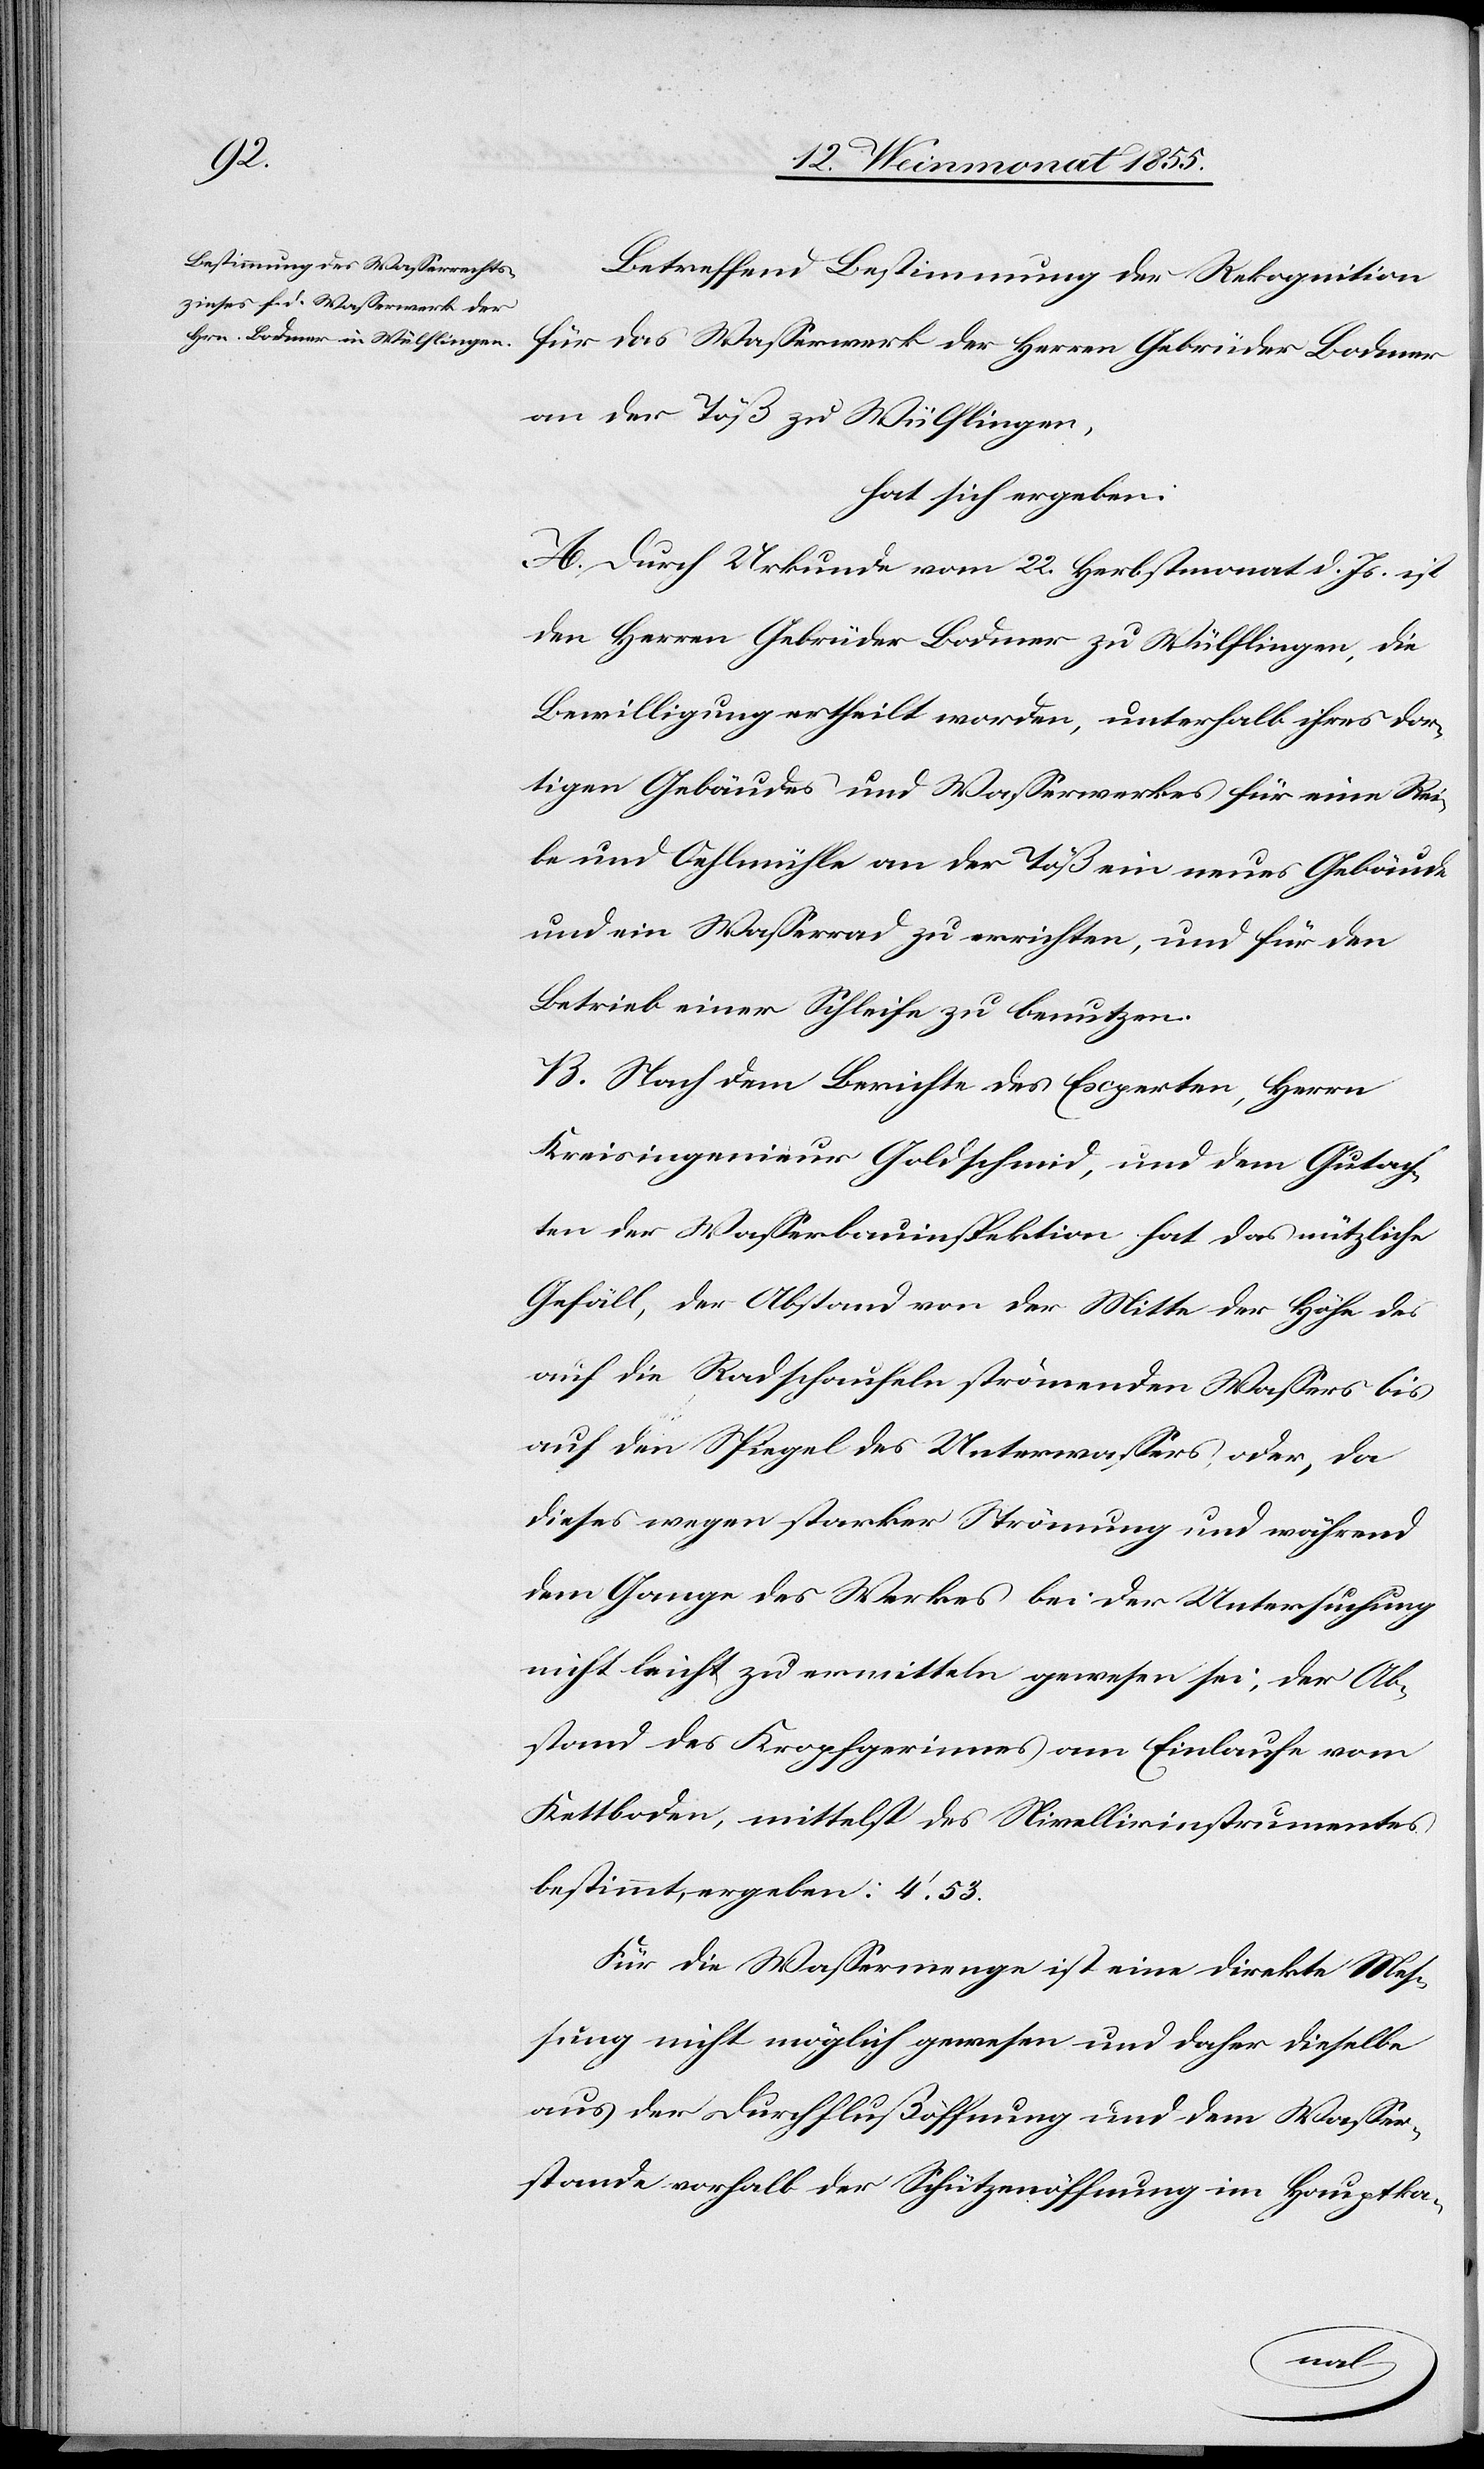
Betreffend Bestimmung der Rekognition
für das Wasserwerk der Herren Gebrüder Bodmer
an der Töß zu Wülflingen,
hat sich ergeben:
A. Durch Urkunde vom 22. Herbstmonat d. Js. ist
den Herren Gebrüder Bodmer zu Wülflingen, die
Bewilligung ertheilt worden, unterhalb ihres dor¬
tigen Gebäudes und Wasserwerkes für eine Rei¬
be und Oehlmühle an der Töß ein neues Gebäude
und ein Wasserrad zu errichten, und für den
Betrieb einer Schleife zu benutzen.
B. Nach dem Berichte des Experten, Herrn
Kreisingenieur Goldschmid, und dem Gutach¬
ten der Wasserbauinspektion hat das nützliche
Gefäll, der Abstand von der Mitte der Höhe des
auf die Radschaufeln strömenden Wassers bis
auf den Spiegel des Unterwassers oder, da
dieses wegen starker Strömung und während
dem Gange des Werkes bei der Untersuchung
nicht leicht zu ermitteln gewesen sei, der Ab¬
stand des Kropfgerinnes am Einlaufe vom
Kettboden, mittelst des Nivellirinstrumentes
bestimmt, ergeben: 4.‘ 53.
Für die Wassermenge ist eine direkte Mes¬
sung nicht möglich gewesen und daher dieselbe
aus der Durchflußöffnung und dem Wasser¬
stande vorhalb der Schützenöffnung im Hauptka-